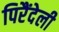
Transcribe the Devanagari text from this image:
पिरैंदेली